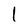
Character: l